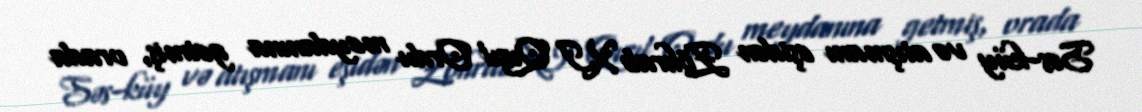
Səs-küy və atışmanı eşidən Zöhrab XI Qızıl Ordu meydanına getmiş, orada